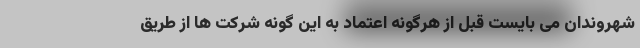
شهروندان می بایست قبل از هرگونه اعتماد به این گونه شرکت ها از طریق